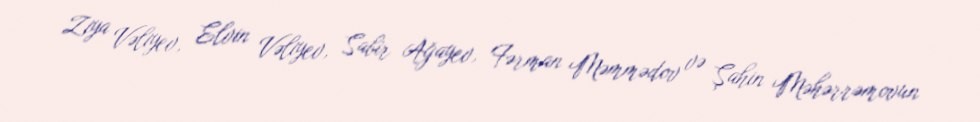
Ziya Vəliyev, Elvin Vəliyev, Sabir Ağayev, Fərman Məmmədov və Şahin Məhərrəmovun